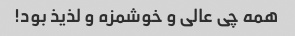
همه چى عالى و خوشمزه و لذیذ بود!